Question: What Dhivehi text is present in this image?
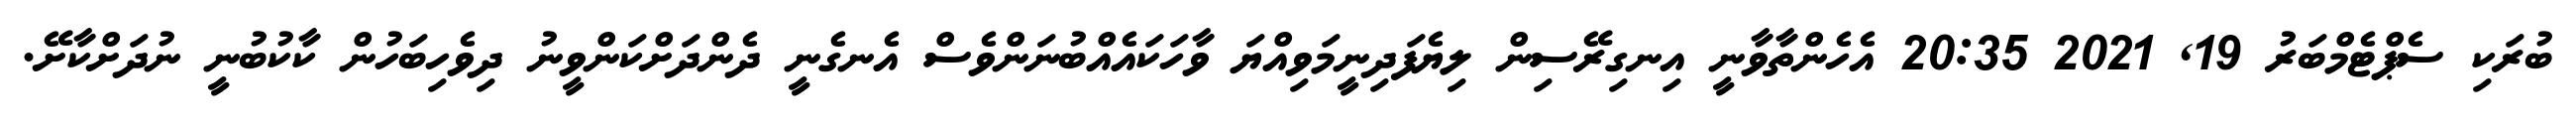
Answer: ބުރަކި ސެޕްޓެމްބަރު 19, 2021 20:35 އެހެންތާވާނީ އިނގިރޭސިން ލިޔެފަދިނީމަވިއްޔަ ވާހަކައެއްބުނަންވެސް އެނގެނީ ދެންދަށްކަންވީނު ދިވެހިބަހުން ކާކުބުނީ ނުދަށްކާށޭ.